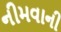
નીમવાની